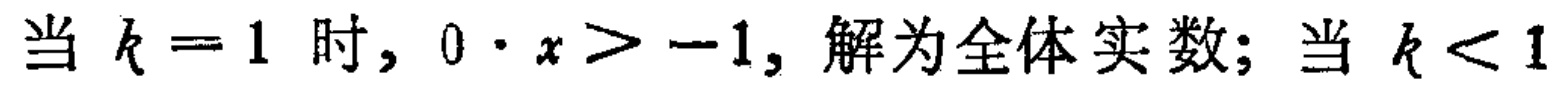
当 \(k = 1\) 时, \(0\cdot x > -1\), 解为全体实数; 当 \(k < 1\)